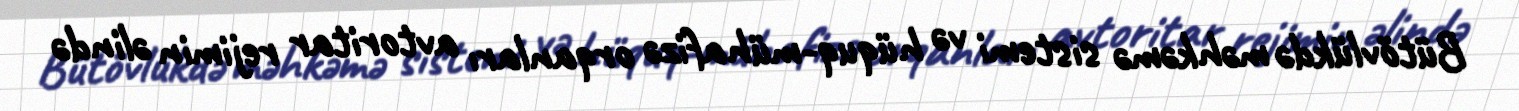
Bütövlükdə məhkəmə sistemi və hüquq-mühafizə orqanları avtoritar rejimin əlində